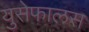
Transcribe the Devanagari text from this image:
युसेफालस